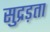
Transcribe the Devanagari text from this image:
सुद्रड़ता